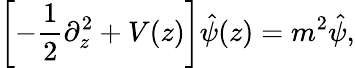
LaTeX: \left[-{\frac{1}{2}}\partial_{z}^{2}+V(z)\right]\hat{\psi}(z)=m^{2}\hat{\psi},